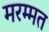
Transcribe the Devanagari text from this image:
मरम्मत